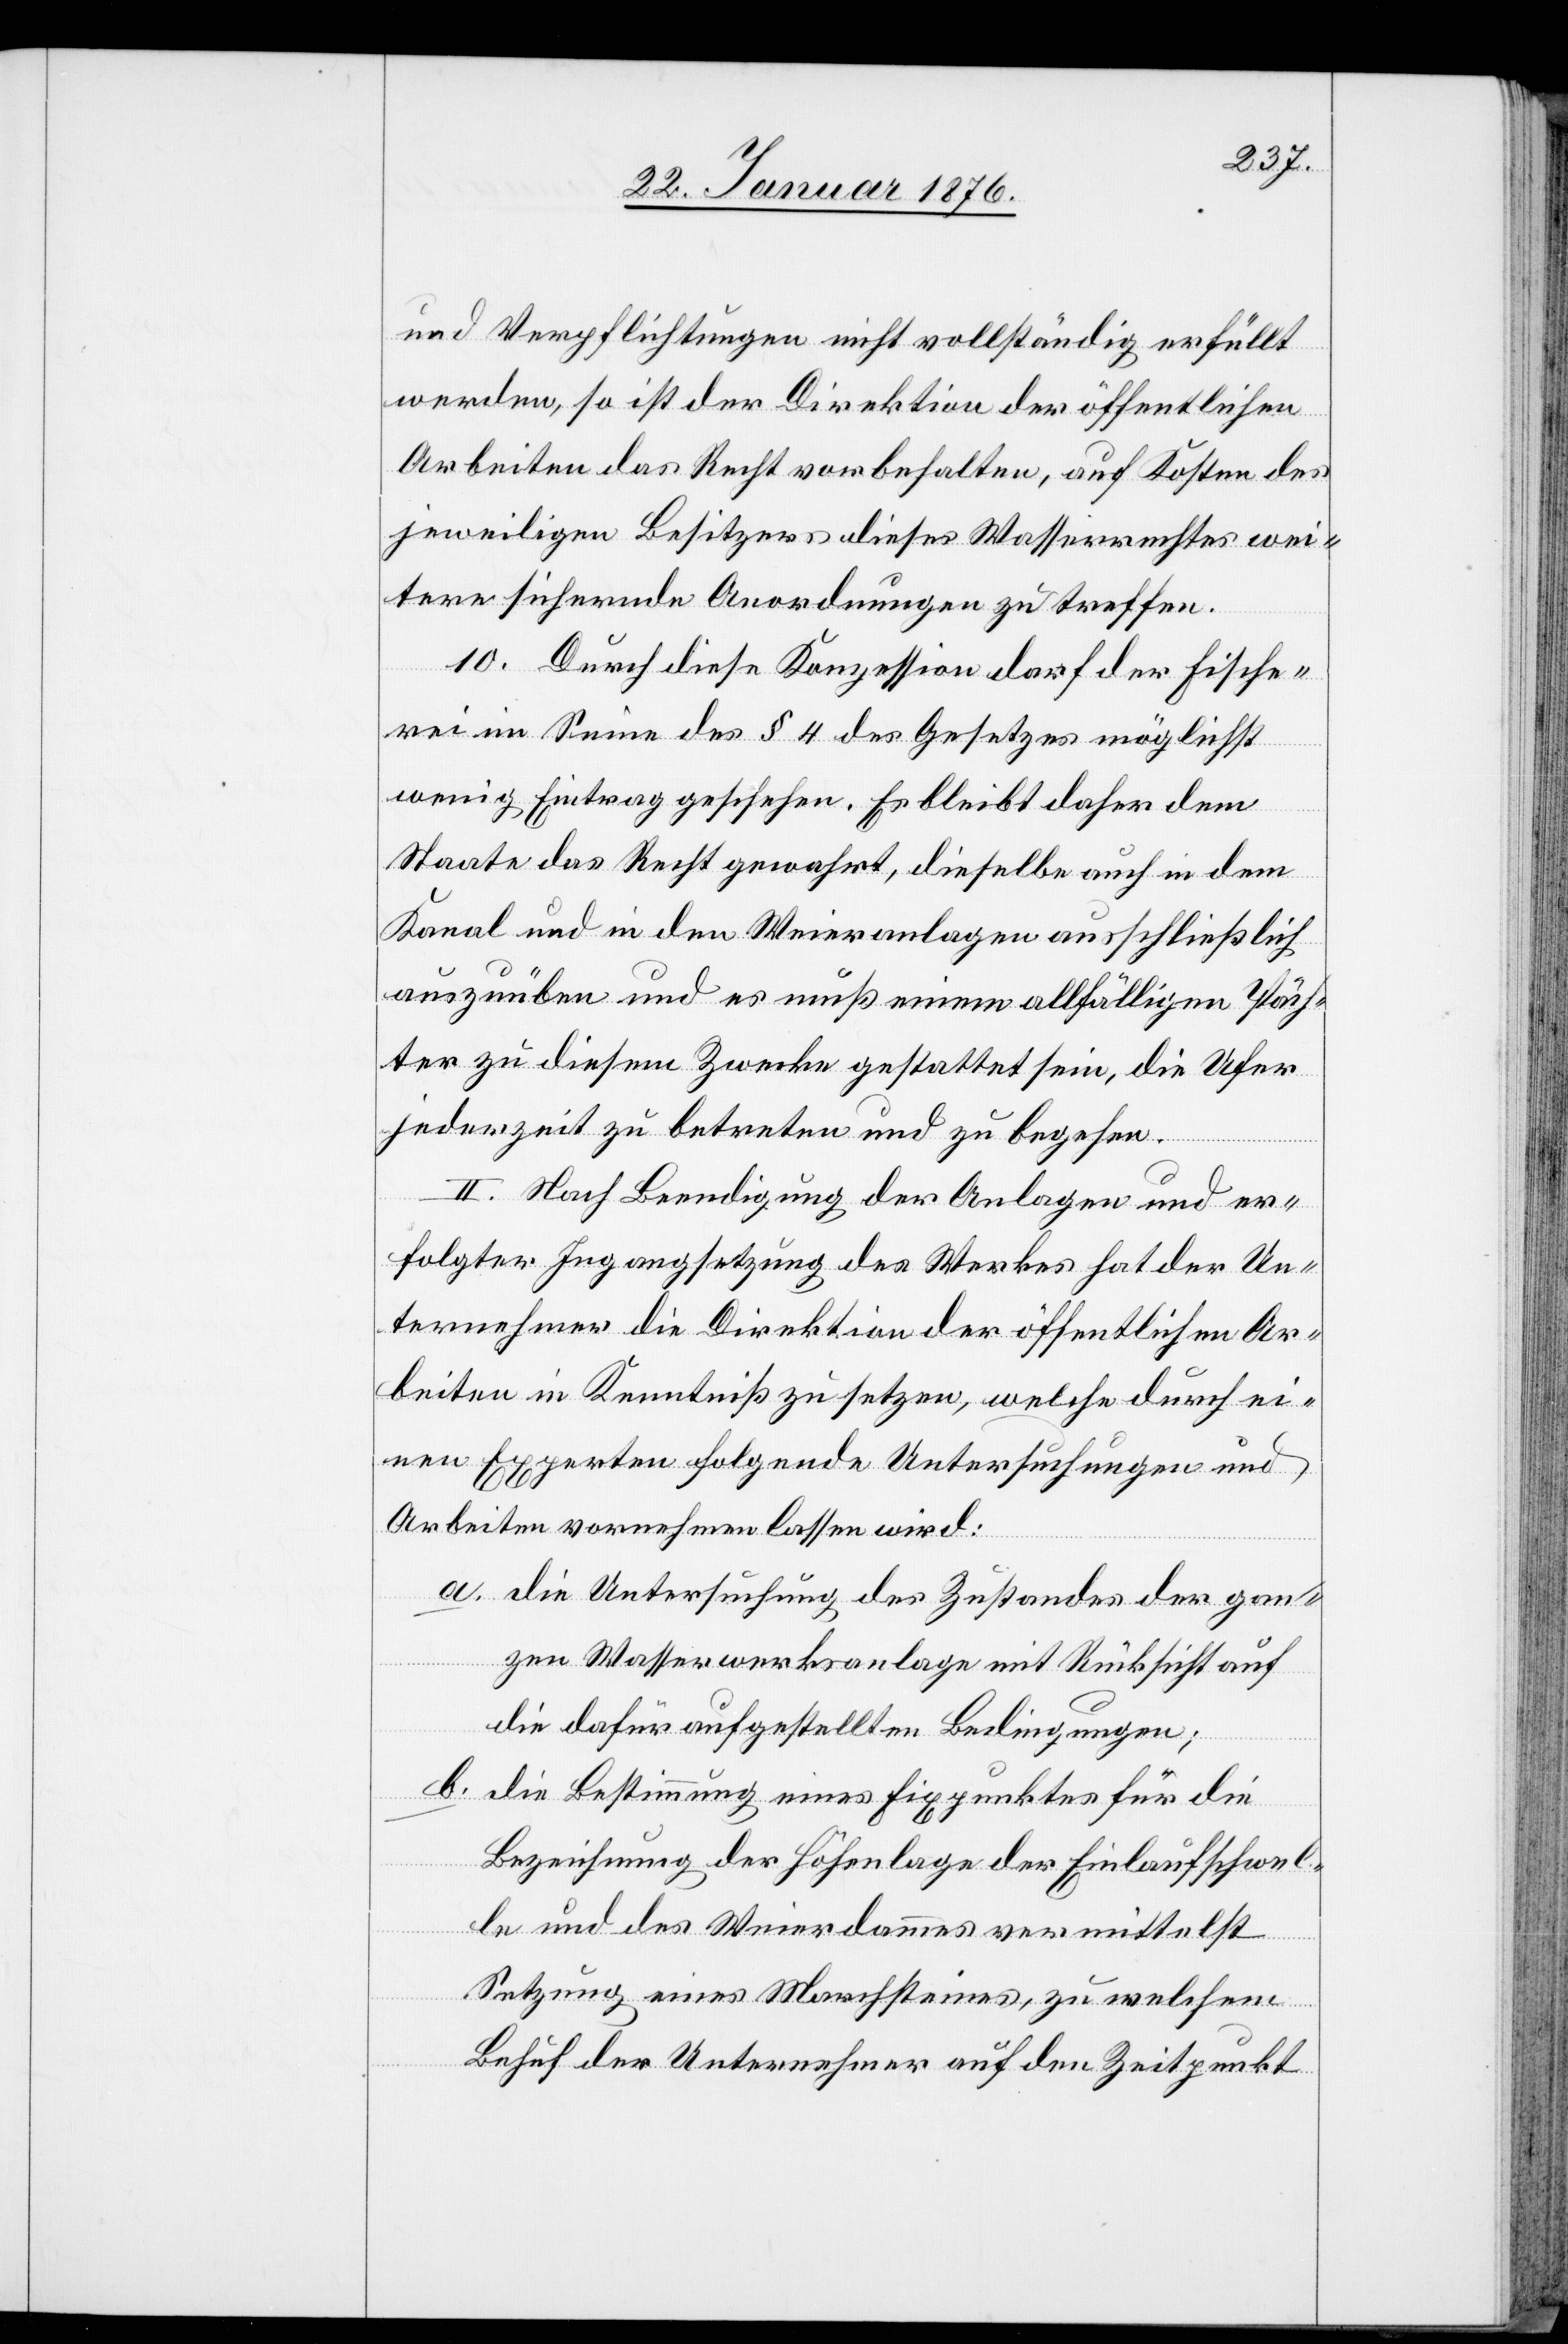
und Verpflichtungen nicht vollständig erfüllt
werden, so ist der Direktion der öffentlichen
Arbeiten das Recht vorbehalten, auf Kosten des
jeweiligen Besitzers dieses Wasserrechtes wei¬
tere sichernde Anordnungen zu treffen.
10. Durch diese Konzession darf der Fische¬
rei im Sinne des § 4 des Gesetzes möglichst
wenig Eintrag geschehen. Es bleibt daher dem
Staate das Recht gewahrt, dieselbe auch in dem
Kanal und in den Weieranlagen ausschließlich
auszuüben und es muß einem allfälligen Päch¬
ter zu diesem Zwecke gestattet sein, die Ufer
jederzeit zu betreten und zu begehen.
II. Nach Beendigung der Anlagen und er¬
folgter Ingangsetzung des Werkes hat der Un¬
ternehmer die Direktion der öffentlichen Ar¬
beiten in Kenntniß zu setzen, welche durch ei¬
nen Experten folgende Untersuchungen und
Arbeiten vornehmen lassen wird:
a. die Untersuchung des Zustandes der gan¬
zen Wasserwerksanlage mit Rücksicht auf
die dafür aufgestellten Bedingungen;
b. die Bestimmung eines Fixpunktes für die
Bezeichnung der Höhenlage der Einlaufschwel¬
le und des Weierdammes vermittelst
Setzung eines Marchsteines, zu welchem
Behuf der Unternehmer auf den Zeitpunkt